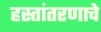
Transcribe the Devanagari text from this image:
हस्तांतरणाचे